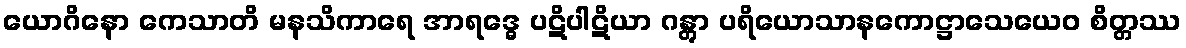
ယောဂိနော ကေသာတိ မနသိကာရေ အာရဒ္ဓေ ပဋိပါဋိယာ ဂန္တွာ ပရိယောသာနကောဋ္ဌာသေယေဝ စိတ္တဿ